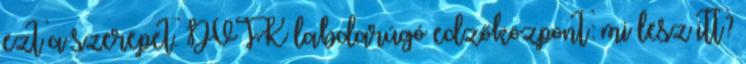
ezt a szerepet. DVTK labdarúgó edzőközpont: mi lesz itt?